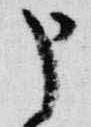
申